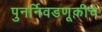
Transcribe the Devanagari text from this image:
पुनर्निवडणूकीचे